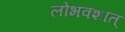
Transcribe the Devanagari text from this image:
लोभवशात्